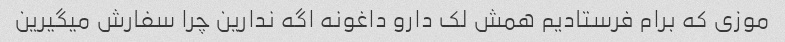
موزی که برام فرستادیم همش لک دارو داغونه اگه ندارین چرا سفارش میگیرین